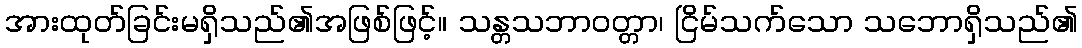
အားထုတ်ခြင်းမရှိသည်၏အဖြစ်ဖြင့်။ သန္တသဘာဝတ္တာ၊ ငြိမ်သက်သော သဘောရှိသည်၏